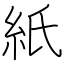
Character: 紙